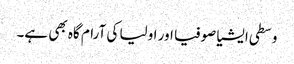
وسطی ایشیا صوفیا اور اولیا کی آرام گاہ بھی ہے۔